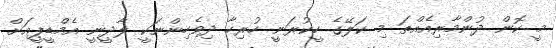
މީ ކޮން ދުންމާރިއެއްތަ މި ކަލޭގެ ހީކުރަނީ ހުރިހާ ދިވެހިންނަކީ ލާދީނީ އެމްޑީޕީއަށް